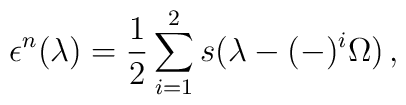
\epsilon^{n} (\lambda) = {1\over 2}\sum_{i=1}^{2}s(\lambda-(-)^{i} \Omega)\,,